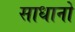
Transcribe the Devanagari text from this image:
साधानो